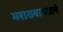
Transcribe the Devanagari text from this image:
मराठवाड्याने